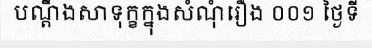
បណ្តឹងសាទុក្ខក្នុងសំណុំរឿង ០០១ ថ្ងៃទី